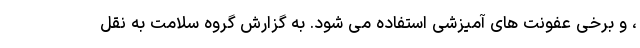
، و برخی عفونت های آمیزشی استفاده می شود. به گزارش گروه سلامت به نقل